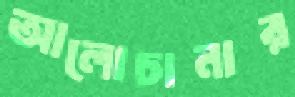
আলোচানার